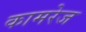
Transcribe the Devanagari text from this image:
कामरेज